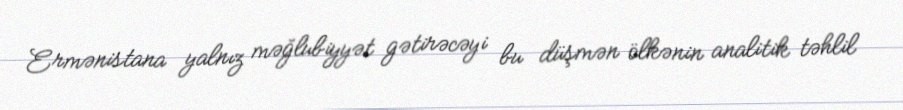
Ermənistana yalnız məğlubiyyət gətirəcəyi bu düşmən ölkənin analitik təhlil